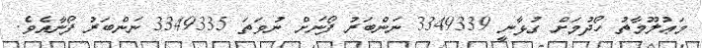
މަޢުލޫމާތު ހޯދުމަށް ގުޅާނީ 3349339 ނަންބަރު ފޯނަށް ނުވަތަ 3349335 ނަންބަރު ފޯނާއެވެ.